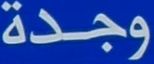
وجدة